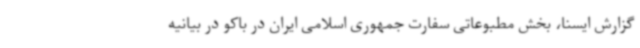
گزارش ایسنا، بخش مطبوعاتی سفارت جمهوری اسلامی ایران در باکو در بیانیه